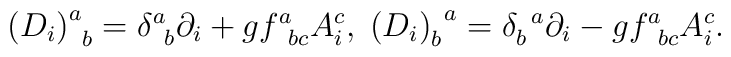
\left( D_{i}\right) _{\;\;b}^{a}=\delta _{\;\;b}^{a}\partial_{i}+gf_{\;\;bc}^{a}A_{i}^{c},\;\left( D_{i}\right) _{b}^{\;\;a}=\delta_{b}^{\;\;a}\partial _{i}-gf_{\;\;bc}^{a}A_{i}^{c}.